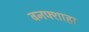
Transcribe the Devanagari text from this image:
बनफ्शाहा